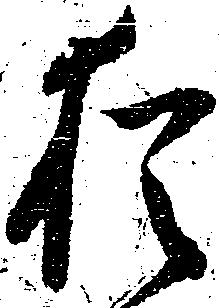
猶